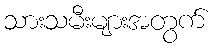
သားသမီးများအတွက်